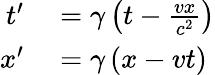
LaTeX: \begin{array}{rl}{t^{\prime}}&{{}=\gamma\left(t-{\frac{vx}{c^{2}}}\right)}\\ {x^{\prime}}&{{}=\gamma\left(x-vt\right)\, }\end{array}